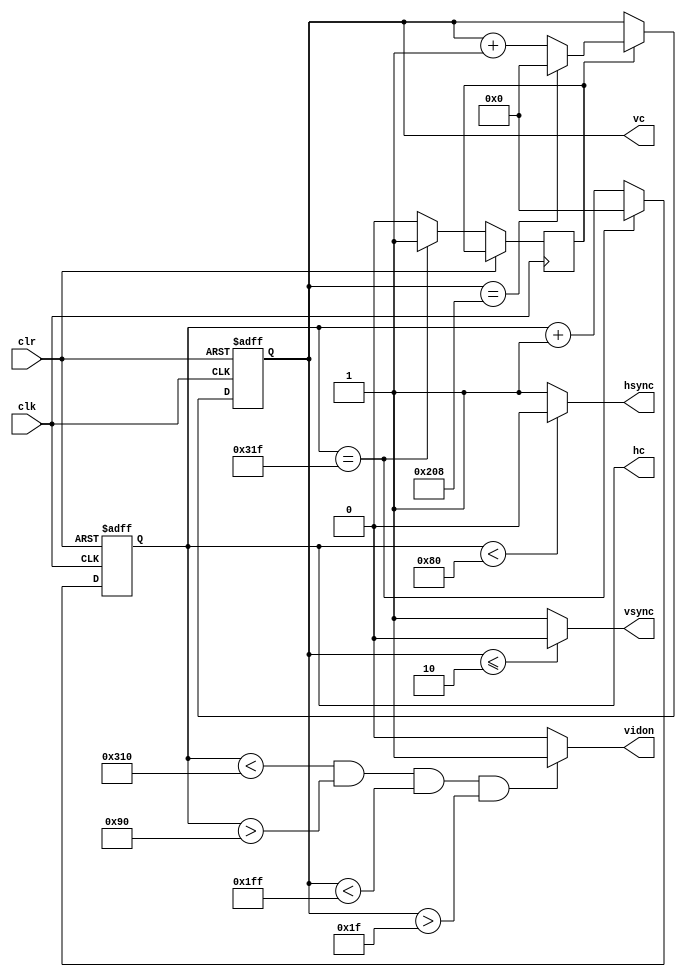
`timescale 1ns / 1ps
//////////////////////////////////////////////////////////////////////////////////
// Company: 
// Engineer: 
// 
// Design Name: 
// Module Name:    vga_640x480 
// Project Name: 
// Target Devices: 
// Tool versions: 
// Description: 
//
// Dependencies: 
//
// Revision: 
// Revision 0.01 - File Created
// Additional Comments: 
//
//////////////////////////////////////////////////////////////////////////////////
module vga_640x480(

input wire clk,
input wire clr,
output reg hsync,
output reg vsync,
output reg [9:0] hc,
output reg [9:0] vc,
output reg vidon
    );


parameter hpixels = 10'd800;
parameter vlines = 10'd521;
parameter hbp = 10'd144;
parameter hfp = 10'd784;
parameter vbp = 10'd31;
parameter vfp = 10'd511;

reg vsenable;


always @ (posedge clk or posedge clr)
	begin
		if (clr == 1)
			hc <= 0;
		else
			begin
				if (hc == hpixels - 1)
					begin
						hc <= 0;
						vsenable <= 1;
					end
				else
					begin
						hc <= hc + 1;
						vsenable <= 0;
					end
			end
	end
	
	
always @(*)
	begin
		if (hc < 128)
			hsync = 0;
		else
			hsync = 1;
	end

always @ (posedge clk or posedge clr)
	begin
		if (clr == 1)
			vc <= 0;
		else
			if (vsenable == 1)
				begin
					if (vc == vlines - 1)
						vc <= 0;
					else
						vc <= vc + 1;
				end
	end
	
always @(*)
	begin
		if (vc <= 2)
			vsync = 0;
		else
			vsync = 1;
	end

always @(*)
	begin
	if ((hc < hfp) && (hc > hbp) && (vc < vfp) && (vc > vbp))
		vidon = 1;
	else
		vidon = 0;
	end

endmodule